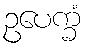
ဥပေက္ခံ